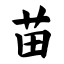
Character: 苗